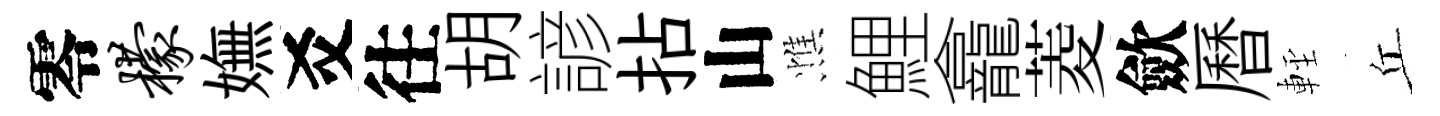
零檬嫵爻往胡諺拈山憔鯉龕菱歛曆䡖丘